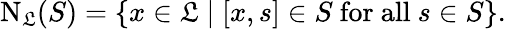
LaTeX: \mathrm{N}_{\mathfrak{L}}(S)=\{ x\in{\mathfrak{L}}\mid[x,s]\in S{\mathrm{~for~all~}}s\in S\} .